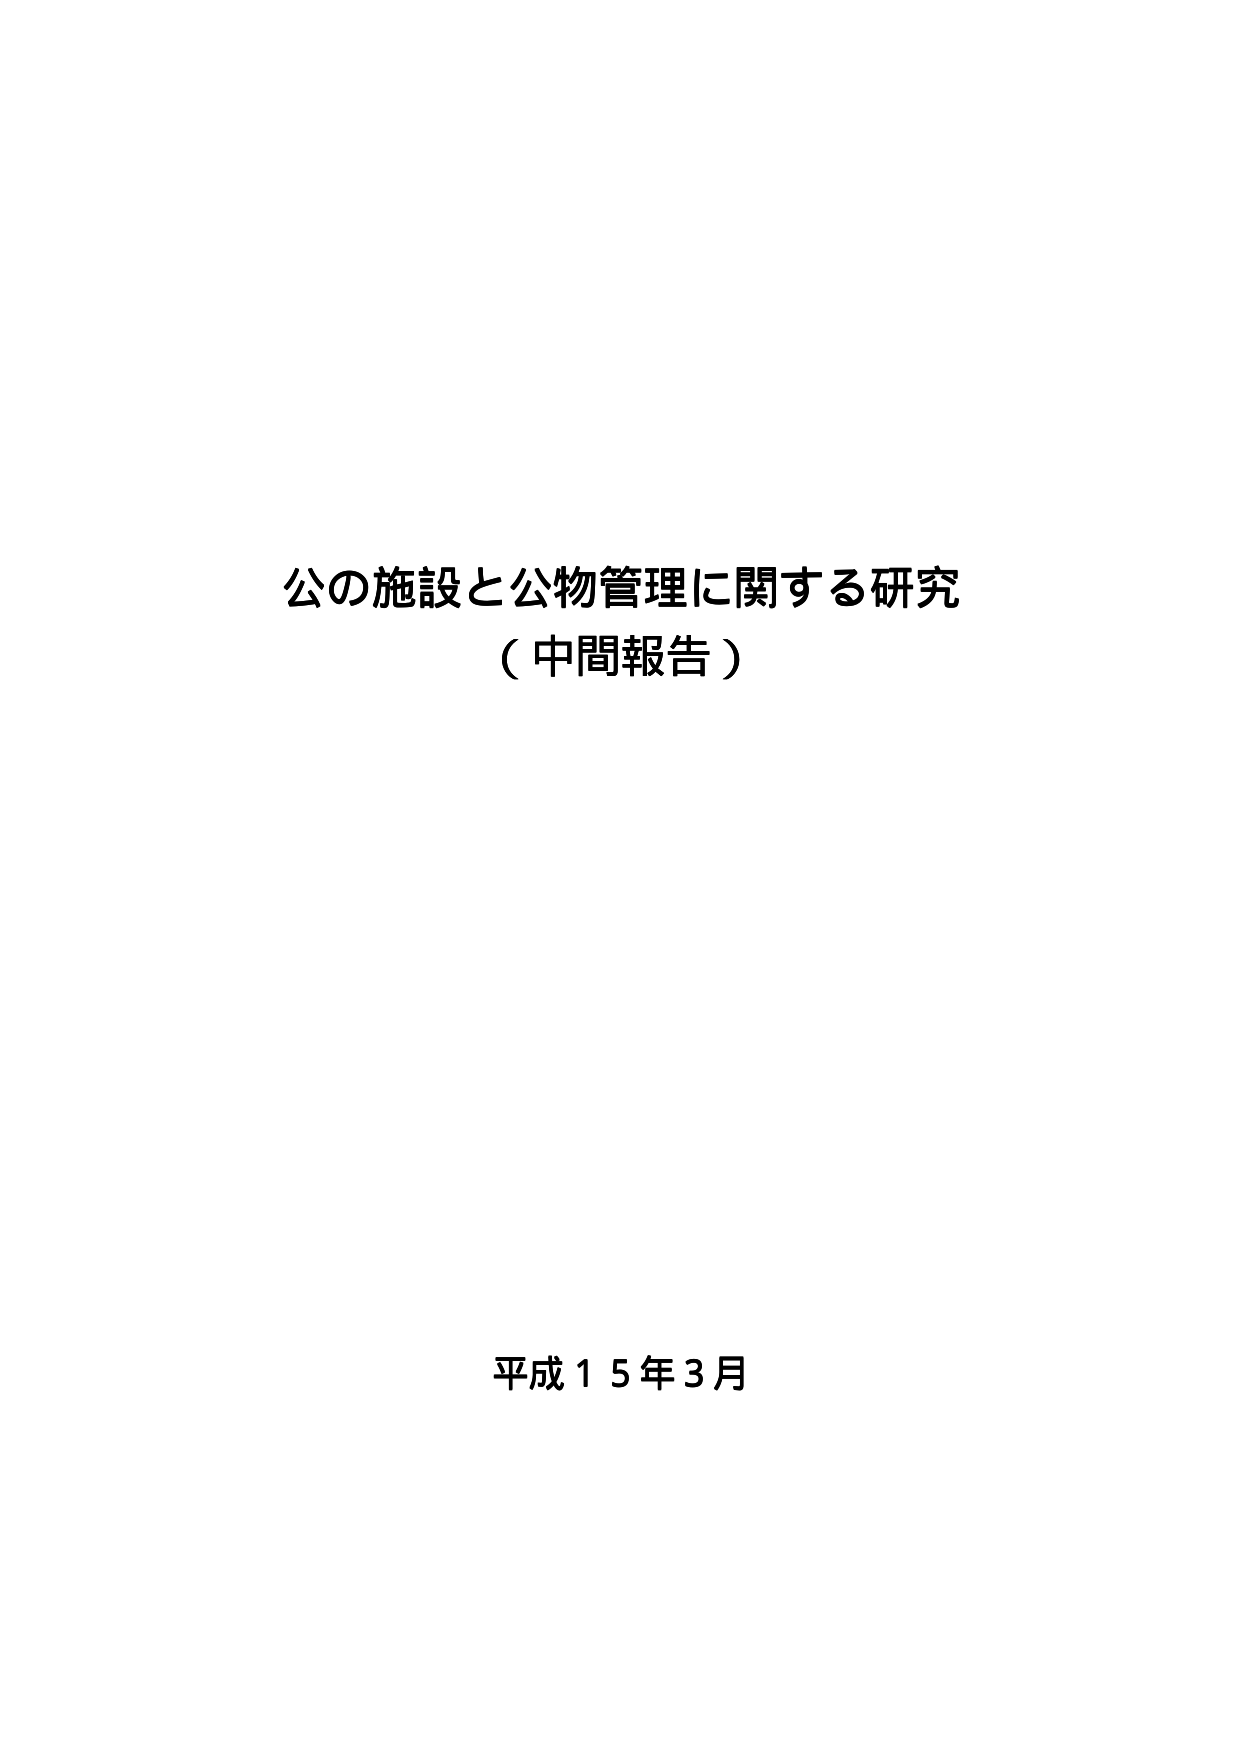
公の施設と公物管理に関する研究
（中間報告）

平成１５年３月